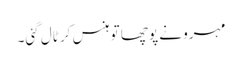
مہرو نے پوچھا تو ہنس کر ٹال گئی۔